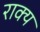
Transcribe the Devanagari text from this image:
राक्य